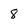
Character: 8